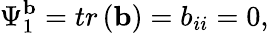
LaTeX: \Psi_{1}^{\mathbf{b}}=tr\left(\mathbf{b}\right)=b_{ii}=0,